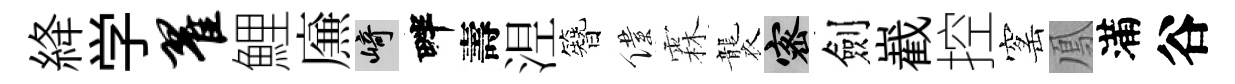
絳学翟鯉㢘崎畔壽𣵀簪僕霖襲密劍嶻控窰鳳滿谷